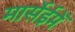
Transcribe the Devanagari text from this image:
मार्सेईमेँ